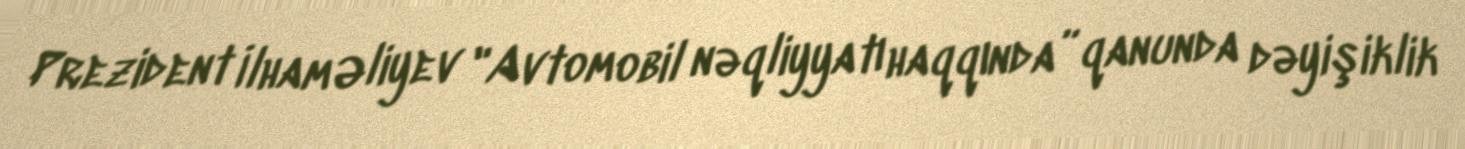
Prezident İlham Əliyev "Avtomobil nəqliyyatı haqqında” qanunda dəyişiklik